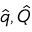
\hat { q } , \hat { Q }